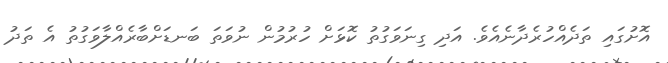
އޮށުގައި ތަދެއްހުރެދާނެއެވެ. އަދި ގިނަވަގުތު ކޮޅަށް ހުރުމުން ނުވަތަ ބަނޑަށްބާރެއްލާވަގުތު އެ ތަދު